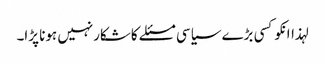
لہذاانکوکسی بڑے سیاسی مسئلے کاشکارنہیں ہونا پڑا۔